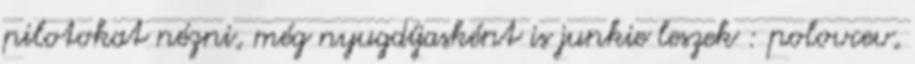
pilotokat nézni, még nyugdíjasként is junkie leszek : polovcev,